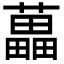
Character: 藟